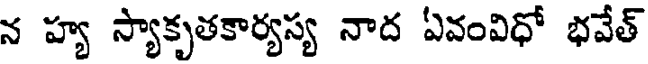
న హ్య స్యాకృతకార్యస్య నాద ఏవంవిధో భవేత్